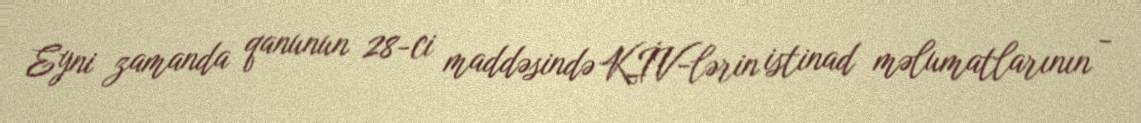
Eyni zamanda qanunun 28-ci maddəsində KİV-lərin istinad məlumatlarının -